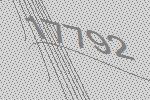
17792